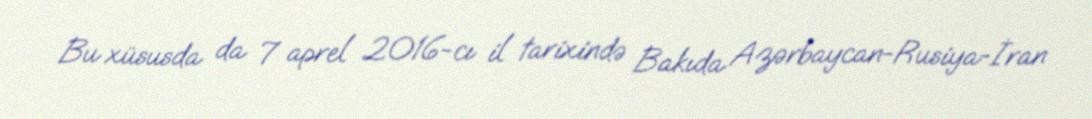
Bu xüsusda da 7 aprel 2016-cı il tarixində Bakıda Azərbaycan-Rusiya-İran